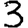
Digit: 3